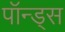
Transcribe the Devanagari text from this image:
पॉन्ड्स